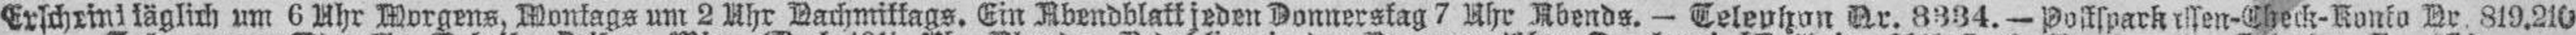
Erscheinttäglich um 6 Uhr Morgens, Montags um 2 Uhr Nachmittags. Ein Abendblatt jeden Donnerstag 7 Uhr Abends. — Telephon Nr. 8334. — Postspackessen-Check-Konto Nr. 819.210